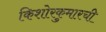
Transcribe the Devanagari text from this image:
किशोरकुमारची